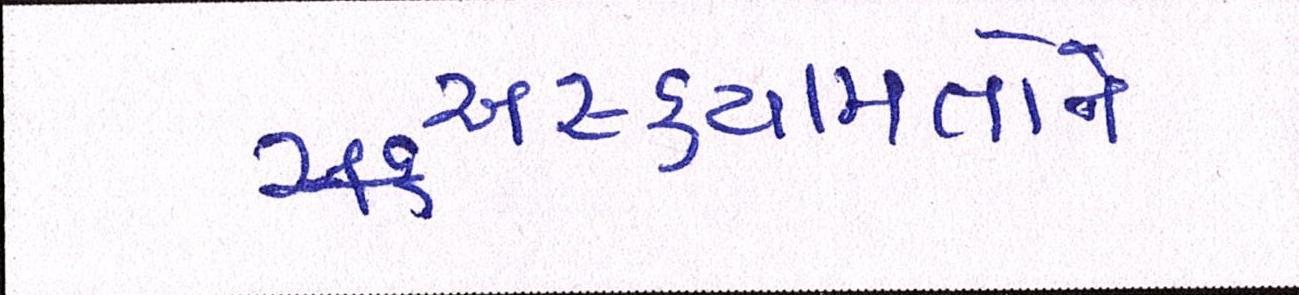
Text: અસ્કયામતોને